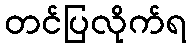
တင်ပြလိုက်ရ